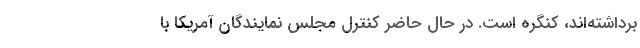
برداشته‌اند، کنگره است. در حال حاضر کنترل مجلس نمایندگان آمریکا با